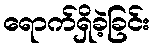
ရောက်ရှိခဲ့ခြင်း